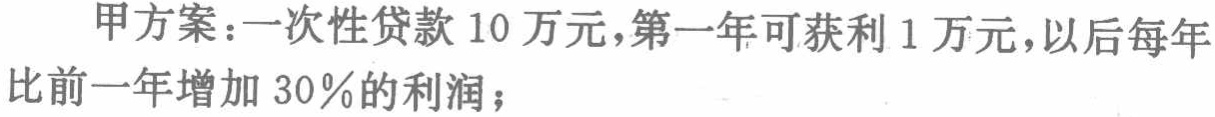
甲方案：一次性贷款 10 万元，第一年可获利 1 万元，以后每年比前一年增加 30%的利润；